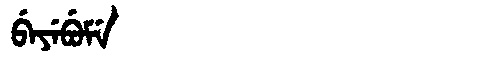
Manchu: ᠪᡝᠶᡝᠪᡠᠮᡝ
Romanization: BEYEBUME